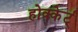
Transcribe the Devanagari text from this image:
होक्केर्ट्